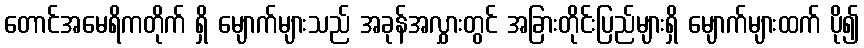
တောင်အမေရိကတိုက် ရှိ မျောက်များသည် အခုန်အလွှားတွင် အခြားတိုင်းပြည်များရှိ မျောက်များထက် ပို၍